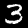
Label: 3